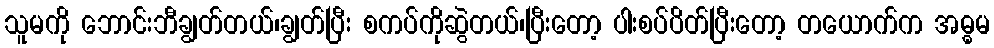
သူမကို ဘောင်းဘီချွတ်တယ်၊ချွတ်ပြီး စကပ်ကိုဆွဲတယ်၊ပြီးတော့ ပါးစပ်ပိတ်ပြီးတော့ တယောက်က အဓ္ဓမ